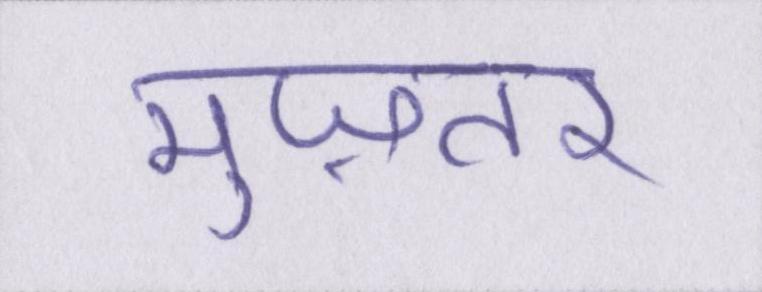
मुज़तर